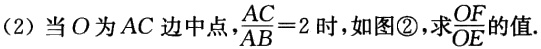
(2) 当\(O\)为\(AC\)边中点，\(\frac{AC}{AB}=2\)时，如图\textcircled{2}，求\(\frac{OF}{OE}\)的值.